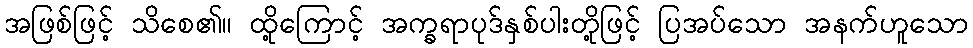
အဖြစ်ဖြင့် သိစေ၏။ ထို့ကြောင့် အက္ခရာပုဒ်နှစ်ပါးတို့ဖြင့် ပြအပ်သော အနက်ဟူသော